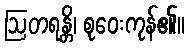
ဩတရန္တိ၊ စုဝေးကုန်၏။